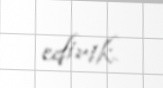
edirik.